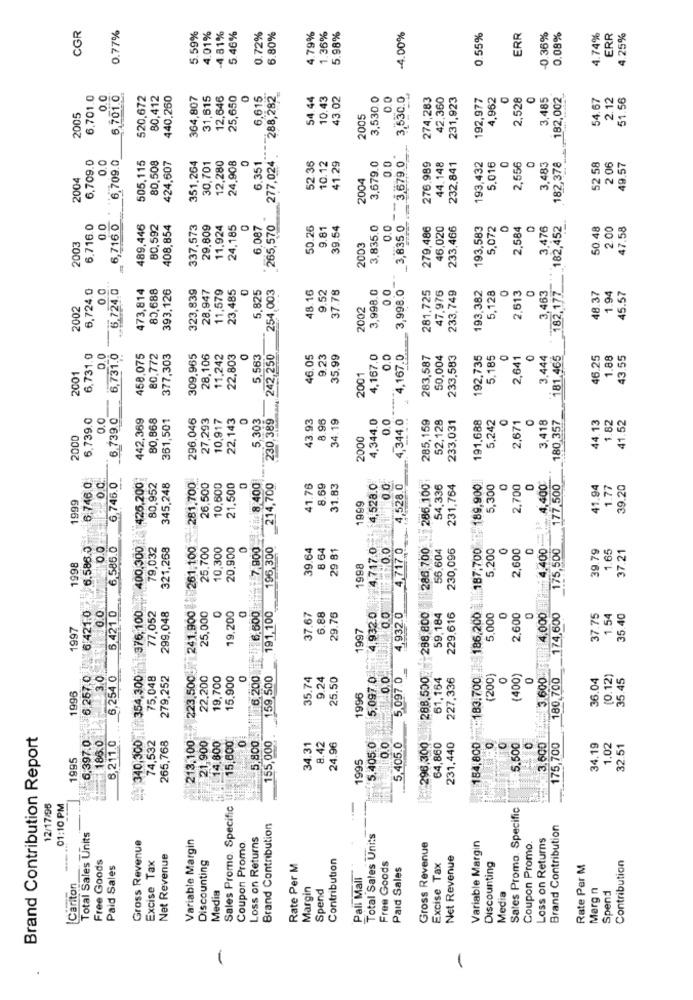
CGR
0.77%
6.80%
5.98%
-4.00%
0.08%
5.59%
4.01%
4.81%
5.46%
0.72%
4.79%
1.36%
0.55%
ERR
-0.36%
4.74%
ERR
4.25%
6,701.0
0.0
6.701.0
520,672
80,412
440,260
364,807
31,615
12,646
25,650
6,615
288,282
54.44
10.43
43.02
3,530.0
0.0
3,530.0
274,283
42,360
231,923
192,977
4,962
2,528
3,485
182,002
54.67
2.12
51.56
2005
2005
6,709.0
0.0
80,508
424,607
24,908
277,024
3.679.0
52 58
6,709.0
505.115
351.264
30,701
12,280
6.351
52.36
10.12
41.29
3,679.0
0.0
276,989
44.148
232.841
193,432
5.016
2,556
O
3.483
182,378
2 06
49.57
2004
2004
265,570
6.716.0
0.0
6,716.0
489,446
80,592
408,854
337,573
29.809
11,924
24,185
6.087
50.26
9.81
39.54
3,835,0
0.0
3,835 0
279,486
46,020
233,466
193,583
5,072
2,584
3,476
182.177 ___ 182,452
50.48
2.00
47.58
2003
2003
0.0
6.724.0
473,814
80,688
393,126
323,839
28,947
11,579
23,485
5,825
254,003
48.16
9.52
37.78
3,998.0
3,998.0
281.725
233.749
193,382
5,128
2,613
48.37
6,724.0
0.0
47,976
3,463
1.94
45.57
2002
2002
6,731.0
0.0
6,731.0
458,075
80,772
377,303
309,965
28,106
11,242
22,803
5.563
242,250
46.05
35.99
4,167.0
0.0
4,167.0
283,587
50,004
233,583
192,735
5.185
2,641
3.444
181,465
46.25
1.88
43.55
0
0
2001
2001
-----
6.739.0
0.0
6.739.0
442,369
80,868
361,501
296.046
27,293
10,917
22,143
0
5,303
230,389
43.93
8.96
34.19
4,344,0
.4,344.0
285,159
233,031
191.688
5,242
2,671
3,418
44.13
1.82
41.52
0.0
52,128
40
180 357
2000
2000
213.100 223.500- 241.900 261.100 - 281.700
6 421.0 6.586.0 6.746.0
6,746.0
400.300 425,200
80,952
345,248
26,500
10,600
21,500
0
6.600 7.800 8.400
214,700
41.76
8.69
31.83
4,528.0
4,528.0
286.100
54.336
231,764
189,900
5,300
2,700
. 4,400
177,500
41.94
1.77
39.20
1999
1999
0.0
6,586.0
79,032
321,268
25.700
10,300
20,900
196,300
39.64
8.64
29 81
4.717.0
0.0
4,717.0
288.500 288.800 286.700
56,604
230,096
:: 183.700 186.200 187.700
5,200
2,600
175,500
39.79
1.65
37.21
1998
1998
8
340,300 354.300 376,100
0
191,100
4.932.0
0.0
6.421.0
77,052
299,048
25,000
19,200
37.67
6.88
29.76
0.0
4,932.0
59,184
229.616
5,000
2,600
4,000
.174,600
37.75
1.54
35.40
1997
1997
6,257,0
3.0
6,254.0
75,048
279.252
22,200
19,700
15,900
0
6.200
159,500
35.74
9.24
25.50
5,097.0
0,0
5,097.0
61.164
227,336
(200}
(400)
Lui: 3.600
180,700
36.04
(0.12)
35.45
1996
1996
Brand Contribution Report
6.397.0
186.0
6,211.0
265,768
0
5,800
155,000
184,800
3,600
74,532
321,900
14,800
15,600
34.31
8.42
24.96
5.405.0
0.0
5,405.0
296,300
64,860
231,440
5.500
0
175,700
34.19
1.02
32.51
1995
1995
12/17/95
01:10 PM
Sales Promo. Specific
Sates Promo. Specific
Brand Contribution
Brand Contribution
Total Sales Units
Gross Revenue
Variable Margin
Loss on Returns
Total Sales Units
Loss on Returns
Coupon Promo
Gross Revenue
Variable Margin
Coupon Promo
-
Free Goods
Net Revenue
Discounting
Contribution
Net Revenue
Contribution
Paid Sales
Excise Tax
Rate Per M
Free Goods
Paid Sales
Excise Tax
Discounting
Rate Per M
Pall Mall
Cariton
Media
Margin
Spend
Media
Marg n
Spend